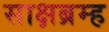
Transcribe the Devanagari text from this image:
साक्षब्रम्ह